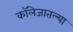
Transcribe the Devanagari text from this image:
कॉलेजातल्या